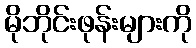
မိုဘိုင်းဖုန်းများကို